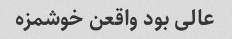
عالی بود واقعن خوشمزه